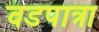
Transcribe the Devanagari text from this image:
वडपात्रा